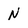
Character: N